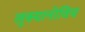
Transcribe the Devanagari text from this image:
लुक्यानोविच